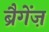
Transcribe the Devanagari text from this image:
ब्रैगेंज़